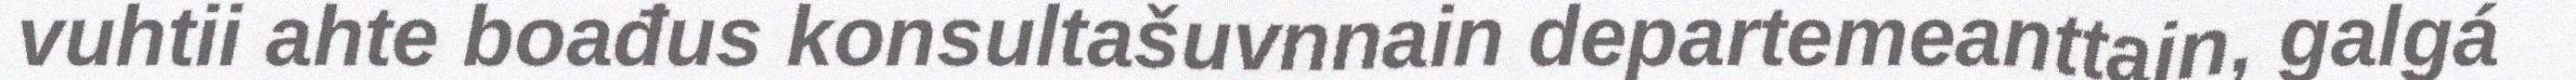
vuhtii ahte boađus konsultašuvnnain departemeanttain, galgá